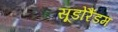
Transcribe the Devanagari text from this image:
सूडोरैंडम